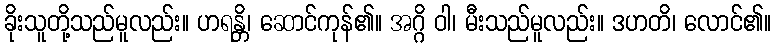
ခိုးသူတို့သည်မူလည်း။ ဟရန္တိ၊ ဆောင်ကုန်၏။ အဂ္ဂိ ဝါ၊ မီးသည်မူလည်း။ ဒဟတိ၊ လောင်၏။